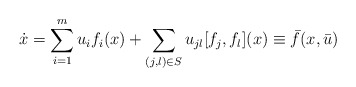
\begin{align*}\dot x = \sum_{i=1}^m u_i f_i (x) + \sum_{(j,l)\in S} u_{jl}[f_j,f_l](x)\equiv \bar f(x,\bar u)\end{align*}